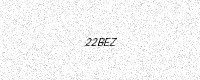
Text: 22BEZ